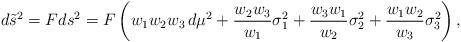
LaTeX: \begin{align*} d\tilde s^2= F ds^2 = F \left ( w_1 w_2 w_3 \, d\mu^2 +\frac{w_2 w_3}{w_1} \sigma_1^2 +\frac{w_3 w_1}{w_2} \sigma_2^2+\frac{w_1 w_2}{w_3} \sigma_3^2 \right ),\end{align*}